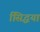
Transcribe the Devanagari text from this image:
सििद्धयां